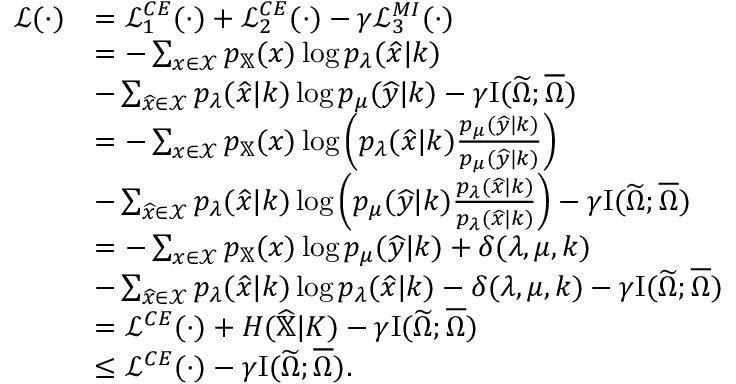
\begin{array} { r l } { \mathcal { L } ( \cdot ) } & { = \mathcal { L } _ { 1 } ^ { C E } ( \cdot ) + \mathcal { L } _ { 2 } ^ { C E } ( \cdot ) - \gamma \mathcal { L } _ { 3 } ^ { M I } ( \cdot ) } \\ & { = - \sum _ { x \in \mathcal { X } } p _ { \mathbb { X } } ( x ) \log { p _ { \lambda } ( \widehat { x } | k ) } } \\ & { - \sum _ { \widehat { x } \in \mathcal { X } } p _ { \lambda } ( \widehat { x } | k ) \log p _ { \mu } ( \widehat { y } | k ) - \gamma \mathrm { I } ( \widetilde { \Omega } ; \overline { { \Omega } } ) } \\ & { = - \sum _ { x \in \mathcal { X } } p _ { \mathbb { X } } ( x ) \log \left( p _ { \lambda } ( \widehat { x } | k ) \frac { p _ { \mu } ( \widehat { y } | k ) } { p _ { \mu } ( \widehat { y } | k ) } \right) } \\ & { - \sum _ { \widehat { x } \in \mathcal { X } } p _ { \lambda } ( \widehat { x } | k ) \log \left( p _ { \mu } ( \widehat { y } | k ) \frac { p _ { \lambda } ( \widehat { x } | k ) } { p _ { \lambda } ( \widehat { x } | k ) } \right) - \gamma \mathrm { I } ( \widetilde { \Omega } ; \overline { { \Omega } } ) } \\ & { = - \sum _ { x \in \mathcal { X } } p _ { \mathbb { X } } ( x ) \log p _ { \mu } ( \widehat { y } | k ) + \delta ( { \lambda , \mu , k } ) } \\ & { - \sum _ { \widehat { x } \in \mathcal { X } } p _ { \lambda } ( \widehat { x } | k ) \log p _ { \lambda } ( \widehat { x } | k ) - \delta ( { \lambda , \mu , k } ) - \gamma \mathrm { I } ( \widetilde { \Omega } ; \overline { { \Omega } } ) } \\ & { = \mathcal { L } ^ { C E } ( \cdot ) + H ( \widehat { \mathbb { X } } | K ) - \gamma \mathrm { I } ( \widetilde { \Omega } ; \overline { { \Omega } } ) } \\ & { \le \mathcal { L } ^ { C E } ( \cdot ) - \gamma \mathrm { I } ( \widetilde { \Omega } ; \overline { { \Omega } } ) . } \end{array}